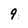
Character: 9